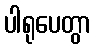
ပါရုပေတွာ